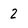
Character: 2